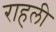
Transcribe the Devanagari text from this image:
राहली